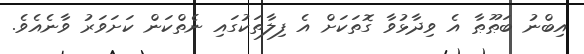
އިބްނު ބަޠޫޠާ އެ ވިދާޅުވާ ގޮތަކަށް އެ ފިލާތަކުގައި ނެތްކަން ކަށަވަރު ވާނެއެވެ.